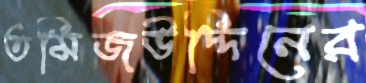
তমিজউদ্দিনের